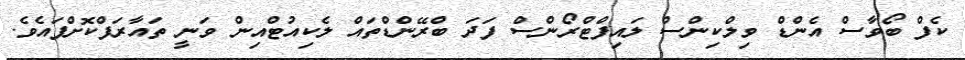
ކެފް ބޯވާސް އެންޑް ވިލްކިންސް ލައިފްޓްރޯންސް ފަދަ ބްރޭންޑްތައް ލެކިއުޓްއިން ވަނީ ތައާރަފްކޮށްފައެވެ.